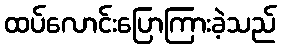
ထပ်လောင်းပြောကြားခဲ့သည်